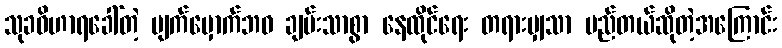
သုခဝိဟာရခေါ်တဲ့ မျက်မှောက်ဘဝ ချမ်းသာစွာ နေထိုင်ရေး တရားမျှသာ မည်တယ်ဆိုတဲ့အကြောင်း